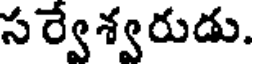
సర్వేశ్వరుడు.